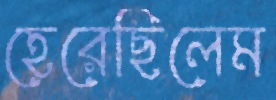
হেরেছিলেম